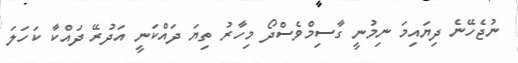
ނުޖެހޭނެ ދިޔައިމަ ނިމުނީ ގާސިމްވެސްދޯ މިހާރު ތިޔަ ދައްކަނީ އަދުރޭ ދައްކާ ކަހަލަ